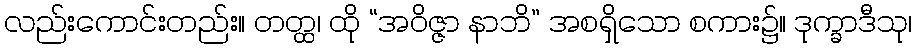
လည်းကောင်းတည်း။ တတ္ထ၊ ထို “အဝိဇ္ဇာ နာဘိ” အစရှိသော စကား၌။ ဒုက္ခာဒီသု၊